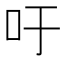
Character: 吁